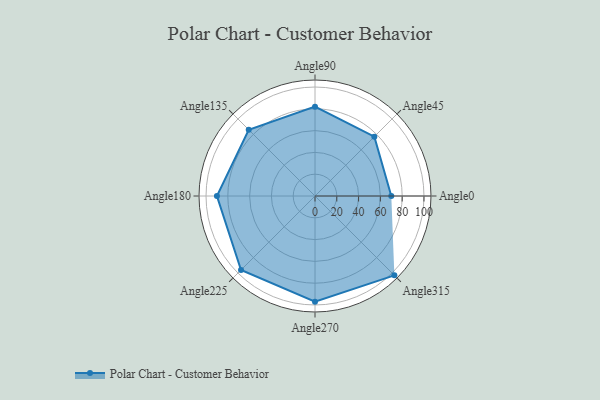
{"axis": {"x": "Angle", "y": "Radius"}, "legend": [""], "data": [{"x": "Angle0", "y": 70.0, "type": ""}, {"x": "Angle45", "y": 77.0, "type": ""}, {"x": "Angle90", "y": 82.0, "type": ""}, {"x": "Angle135", "y": 86.0, "type": ""}, {"x": "Angle180", "y": 90.0, "type": ""}, {"x": "Angle225", "y": 96.0, "type": ""}, {"x": "Angle270", "y": 97.0, "type": ""}, {"x": "Angle315", "y": 103.0, "type": ""}]}